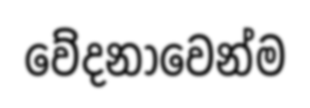
වේදනාවෙන්ම